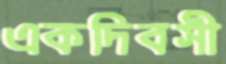
একদিবসী